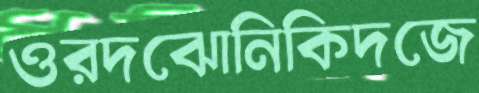
ওরদঝোনিকিদজে